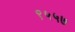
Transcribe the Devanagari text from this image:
९५५७